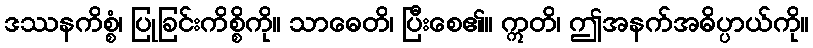
ဒဿနကိစ္စံ၊ ပြုခြင်းကိစ္စိကို။ သာဓေတိ၊ ပြီးစေ၏။ ဣတိ၊ ဤအနက်အဓိပ္ပာယ်ကို။